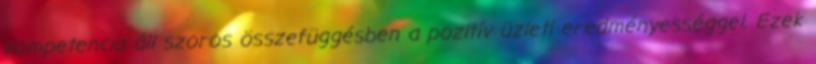
kompetencia áll szoros összefüggésben a pozitív üzleti eredményességgel. Ezek